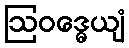
ဩဝဒ္ဓေယျံ